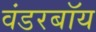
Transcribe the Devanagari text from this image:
वंडरबॉय